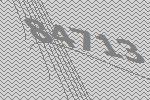
84713